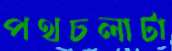
পথচলাটা